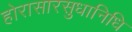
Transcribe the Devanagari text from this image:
होरासारसुधानिधि